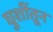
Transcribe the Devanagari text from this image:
घुशींतून